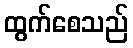
ထွက်စေသည်